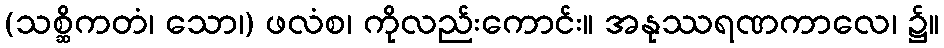
(သစ္ဆိကတံ၊ သော၊) ဖလံစ၊ ကိုလည်းကောင်း။ အနုဿရဏကာလေ၊ ၌။